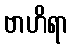
ဗာဟိရာ